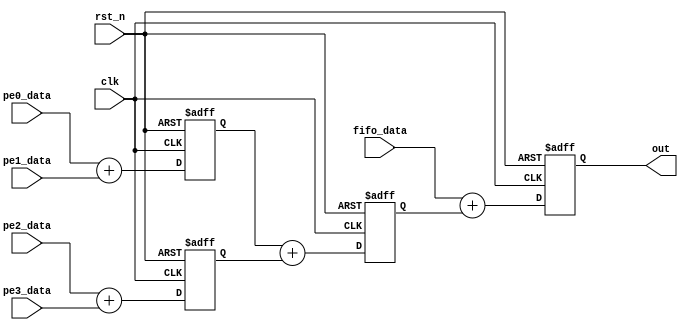
`timescale 1ns / 1ps
//////////////////////////////////////////////////////////////////////////////////
// Company: 
// Engineer: 
// 
// Design Name: 
// Module Name: PSUM_ADD
// Project Name: 
// Target Devices: 
// Tool Versions: 
// Description: 
// 
// Dependencies: 
// 
// Revision:
// Revision 0.01 - File Created
// Additional Comments:
// 
//////////////////////////////////////////////////////////////////////////////////


///==------------------------------------------------------------------==///
/// Conv kernel: adder tree of psum module
///==------------------------------------------------------------------==///
/// Three stages pipelined adder tree
module PSUM_ADD #(
    parameter data_width = 25
) (
    input clk,
    input rst_n,
    input signed [data_width-1:0] pe0_data,
    input signed [data_width-1:0] pe1_data,
    input signed [data_width-1:0] pe2_data,
    input signed [data_width-1:0] pe3_data,
    input signed [data_width-1:0] fifo_data,
    output signed [data_width-1:0] out
);

    reg signed [data_width-1:0] psum0;
    reg signed [data_width-1:0] psum1;
    reg signed [data_width-1:0] psum2;
    reg signed [data_width-1:0] out_r;

    assign out = out_r;
    /// Adder tree
    always @(posedge clk or negedge rst_n) begin
        if (!rst_n) begin
            psum0 <= 0;
            psum1 <= 0;
            psum2 <= 0;
            out_r   <= 0;
        end else begin
            psum0 <= pe0_data + pe1_data;
            psum1 <= pe2_data + pe3_data;
            psum2 <= psum0 + psum1;
            out_r <= fifo_data + psum2;
        end
    end
endmodule